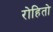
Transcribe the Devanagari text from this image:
रोहितो